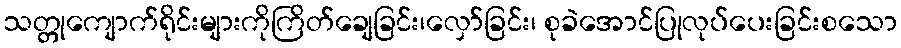
သတ္တုကျောက်ရိုင်းများကိုကြိတ်ချေခြင်း၊လှော်ခြင်း၊ စုခဲအောင်ပြုလုပ်ပေးခြင်းစသော